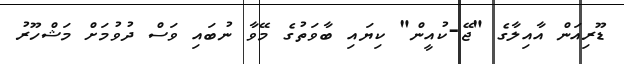
ޑޫރިއަން އާއިލާގެ "ޖޭ-ކުއީން" ކިޔައި ބާވަތުގެ މޭވާ ނުބައި ވަސް ދުވުމަށް މަޝްހޫރު